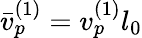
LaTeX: \bar{v}_{p}^{(1)}=v_{p}^{(1)}l_{0}